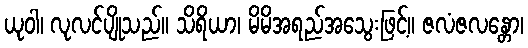
ယုဝါ၊ လုလင်ပျိုသည်။ သိရိယာ၊ မိမိအရည်အသွေးဖြင့်။ ဇလံဇလန္တော၊